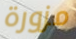
مزورة